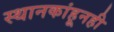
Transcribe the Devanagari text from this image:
स्थानकांहूनही